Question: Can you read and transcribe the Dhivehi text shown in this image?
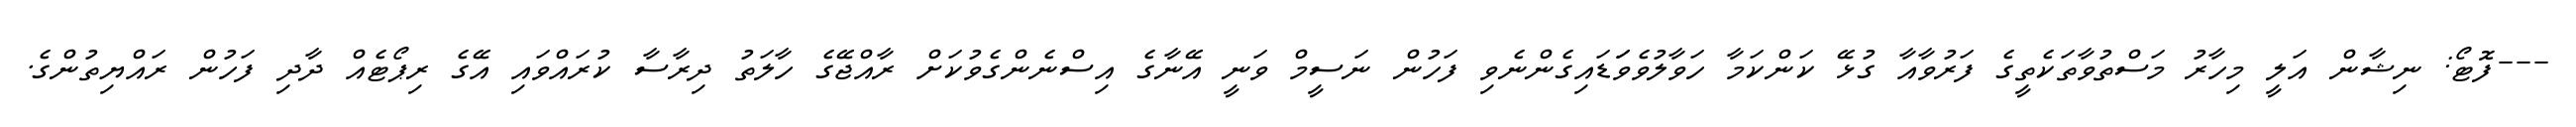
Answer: ---ފޮޓޯ: ނިޝާން އަލީ މިހާރު މަސްތުވާތަކެތީގެ ފަރުވާއާ ގުޅޭ ކަންކަމާ ހަވާލުވެވަަޑައިގެންނެވި ފަހުން ނަސީމް ވަނީ އޭނާގެ އިސްނެންގެވުކަށް ރާއްޖޭގެ ހާލަތު ދިރާސާ ކުރައްވައި އޭގެ ރިޕޯޓެއް ދާދި ފަހުން ރައްޔިތުންގެ.